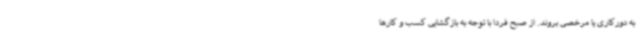
به دورکاری یا مرخصی بروند. از صبح فردا با توجه به بازگشایی کسب و کارها